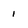
Character: 1